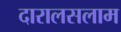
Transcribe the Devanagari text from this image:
दारालसलाम